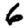
Digit: 6